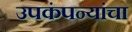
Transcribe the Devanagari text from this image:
उपकंपन्यांचा